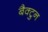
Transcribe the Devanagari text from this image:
बैक्टुन